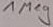
Text: 1Meg